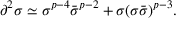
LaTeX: \partial ^ { 2 } \sigma \simeq \sigma ^ { p - 4 } \bar { \sigma } ^ { p - 2 } + \sigma ( \sigma \bar { \sigma } ) ^ { p - 3 } .